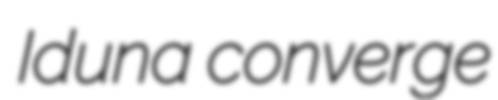
Iduna converge